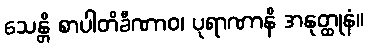
သေန္တိ စာပါတိခီဏာဝ၊ ပုရာဏာနိ အနုတ္ထုနံ။